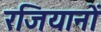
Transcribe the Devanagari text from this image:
रजियानों